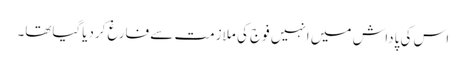
اس کی پاداش میں انہیں فوج کی ملازمت سے فارغ کردیاگیاتھا۔